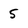
Character: 5